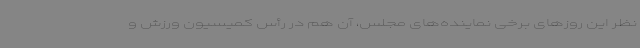
نظر این روزهای برخی نماینده‌های مجلس، آن هم در رأس کمیسیون ورزش و